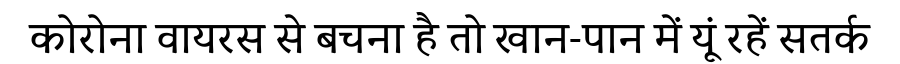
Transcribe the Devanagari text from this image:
कोरोना वायरस से बचना है तो खान-पान में यूं रहें सतर्क